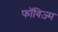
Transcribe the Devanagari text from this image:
फॉविज़्म